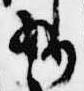
給